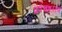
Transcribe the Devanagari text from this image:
प्रपंचशास्त्र